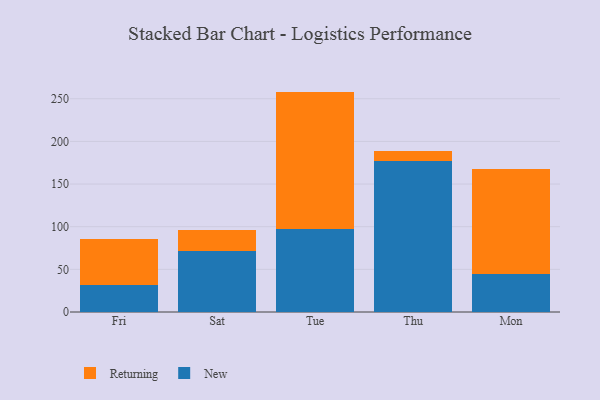
{"axis": {"x": "Day", "y": "Backlog"}, "legend": ["New", "Returning"], "data": [{"x": "Fri", "y": 31.6, "type": "New"}, {"x": "Fri", "y": 53.6, "type": "Returning"}, {"x": "Sat", "y": 71.0, "type": "New"}, {"x": "Sat", "y": 25.4, "type": "Returning"}, {"x": "Tue", "y": 96.9, "type": "New"}, {"x": "Tue", "y": 161.5, "type": "Returning"}, {"x": "Thu", "y": 177.2, "type": "New"}, {"x": "Thu", "y": 12.0, "type": "Returning"}, {"x": "Mon", "y": 45.0, "type": "New"}, {"x": "Mon", "y": 123.0, "type": "Returning"}]}